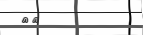
٧٢